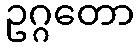
ဥဂ္ဂတော